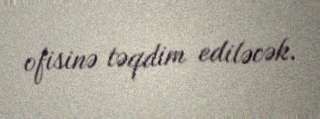
ofisinə təqdim ediləcək.